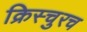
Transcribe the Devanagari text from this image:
क्रिस्चुरच